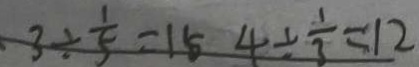
3 \div \frac { 1 } { 5 } = 1 5 4 \div \frac { 1 } { 3 } = 1 2